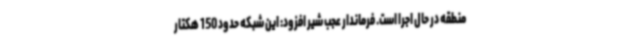
منطقه در حال اجرا است. فرماندار عجب شیر افزود: این شبکه حدود 150 هکتار